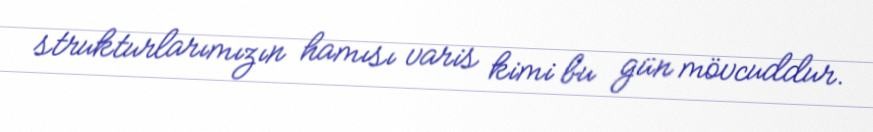
strukturlarımızın hamısı varis kimi bu gün mövcuddur.